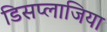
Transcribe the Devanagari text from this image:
डिसप्लाजिया